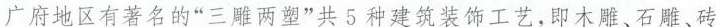
广府地区有著名的”三胜两塑”共5和建筑装饰工艺，即木雕、石雕、砖